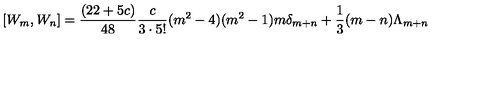
[ W _ { m } , W _ { n } ] = { \frac { ( 2 2 + 5 c ) } { 4 8 } } { \frac { c } { 3 \cdot 5 ! } } ( m ^ { 2 } - 4 ) ( m ^ { 2 } - 1 ) m \delta _ { m + n } + { \frac { 1 } { 3 } } ( m - n ) \Lambda _ { m + n }